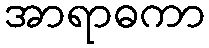
အာရာဓကာ